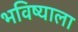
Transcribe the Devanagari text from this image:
भविष्याला